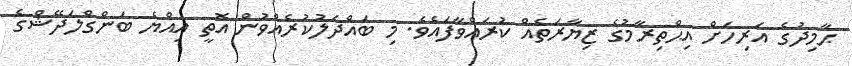
ޙާމިދުގެ އަރިހަށް އިޙްތިރާމުގެ ޒިޔާރަތެއް ކުރައްވާފައެވެ. މި ބައްދަލުކުރެއްވުން އޮތީ އިއްޔެ ބަންގްލަދޭޝްގެ